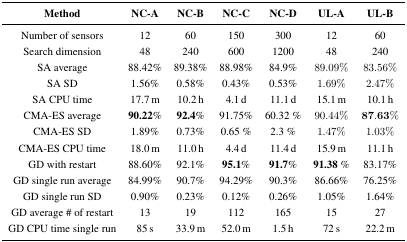
<table><thead><tr><td><b>Method</b></td><td><b>NC-A</b></td><td><b>NC-B</b></td><td><b>NC-C</b></td><td><b>NC-D</b></td><td><b>UL-A</b></td><td><b>UL-B</b></td><td></td></tr></thead><tbody><tr><td>Number of sensors</td><td>12</td><td>60</td><td>150</td><td>300</td><td>12</td><td>60</td><td></td></tr><tr><td>Search dimension</td><td>48</td><td>240</td><td>600</td><td>1200</td><td>48</td><td>240</td><td></td></tr><tr><td>SA average</td><td>88.42%</td><td>89.38%</td><td>88.98%</td><td>84.9%</td><td>89.09%</td><td>83.56%</td><td></td></tr><tr><td>SA SD</td><td>1.56%</td><td>0.58%</td><td>0.43%</td><td>0.53%</td><td>1.69%</td><td>2.47%</td><td></td></tr><tr><td>SA CPU time</td><td>17.7 m</td><td>10.2h</td><td>4.1 d</td><td>11.1 d</td><td>15.1 m</td><td>10.1 h</td><td></td></tr><tr><td>CMA-ES average</td><td><b>90.22</b>%</td><td><b>92.4</b>%</td><td>91.75%</td><td>60.32 %</td><td>90.44%</td><td><b>87.63</b>%</td><td></td></tr><tr><td>CMA-ES SD</td><td>1.89%</td><td>0.73%</td><td>0.65 %</td><td>2.3 %</td><td>1.47%</td><td>1.03%</td><td></td></tr><tr><td>CMA-ES CPU time</td><td>18.0m</td><td>11.0 h</td><td>4.4 d</td><td>11.4d</td><td>15.9m</td><td colspan="2">11.1 h</td></tr><tr><td>GD with restart</td><td>88.60%</td><td>92.1%</td><td><b>95.1</b>%</td><td><b>91.7</b>%</td><td><b>91.38</b> %</td><td>83.17%</td><td></td></tr><tr><td>GD single run average</td><td>84.99%</td><td>90.7%</td><td>94.29%</td><td>90.3%</td><td>86.66%</td><td>76.25%</td><td></td></tr><tr><td>GD single run SD</td><td>0.90%</td><td>0.23%</td><td>0.12%</td><td>0.26%</td><td>1.05%</td><td colspan="2">1.64%</td></tr><tr><td>GD average # of restart</td><td>13</td><td>19</td><td>112</td><td>165</td><td>15</td><td>27</td><td></td></tr><tr><td>GD CPU time single run</td><td>85 s</td><td>33.9 m</td><td>52.0 m</td><td>1.5 h</td><td>72 s</td><td>22.2 m</td><td></td></tr></tbody></table>